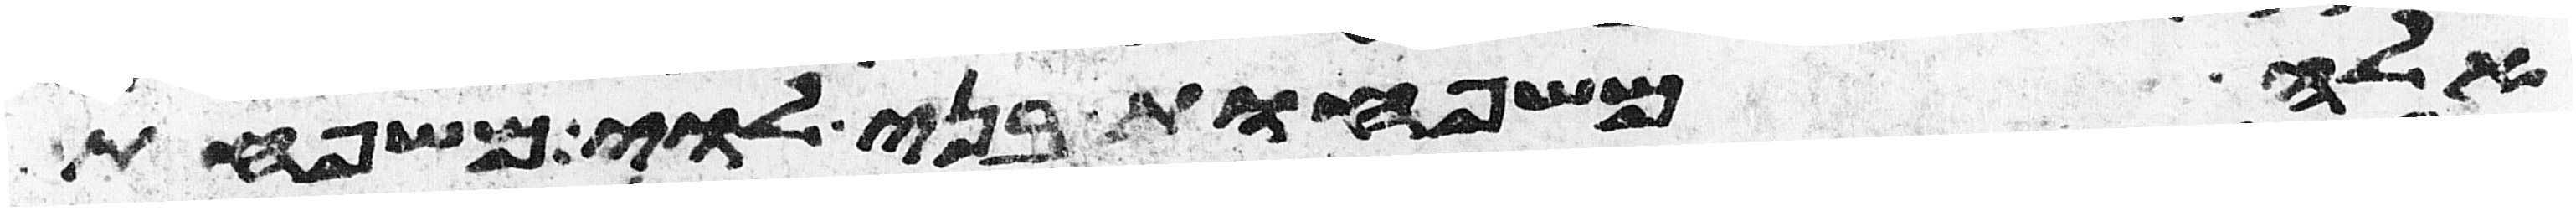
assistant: אלה משפחות בני לוי משפחת